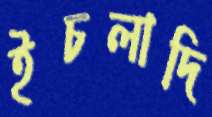
ইচলাদি